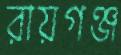
রায়গঞ্জ